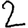
Digit: 2